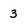
Character: 3